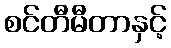
စင်တီမီတာနှင့်